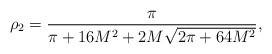
LaTeX: \begin{align*}\rho_2=\frac{\pi}{\pi+16M^2+2M\sqrt{2\pi+64M^2}}, \end{align*}